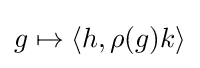
g\mapsto \langle h,\rho (g)k\rangle